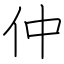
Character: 仲